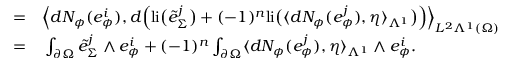
\begin{array} { r l } { = } & { { } \Big \langle d N _ { \phi } ( e _ { \phi } ^ { i } ) , d \Big ( \mathrm { l i } \big ( \tilde { e } _ { \Sigma } ^ { j } \big ) + ( - 1 ) ^ { n } \mathrm { l i } \big ( \langle d N _ { \phi } ( e _ { \phi } ^ { j } ) , \eta \rangle _ { \Lambda ^ { 1 } } \big ) \Big ) \Big \rangle _ { L ^ { 2 } \Lambda ^ { 1 } ( \Omega ) } } \\ { = } & { { } \int _ { \partial \Omega } \tilde { e } _ { \Sigma } ^ { j } \wedge e _ { \phi } ^ { i } + ( - 1 ) ^ { n } \int _ { \partial \Omega } \langle d N _ { \phi } ( e _ { \phi } ^ { j } ) , \eta \rangle _ { \Lambda ^ { 1 } } \wedge e _ { \phi } ^ { i } . } \end{array}